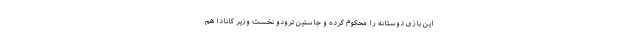
این بازی دوستانه را محکوم کرده و جاستین ترودو نخست وزیر کانادا هم